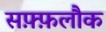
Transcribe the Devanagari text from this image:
सफ़्फ़लौक